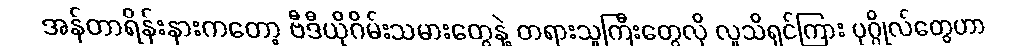
အန်တာရိန်းနားကတော့ ဗီဒီယိုဂိမ်းသမားတွေနဲ့ တရားသူကြီးတွေလို လူသိရှင်ကြား ပုဂ္ဂိုလ်တွေဟာ